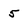
Character: 5